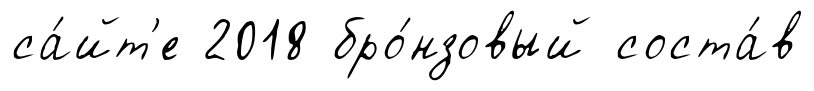
са́йт'е 2018 бро́нзовый соста́в